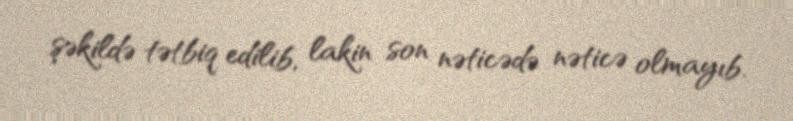
şəkildə tətbiq edilib, lakin son nəticədə nəticə olmayıb.